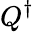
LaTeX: Q^{\dagger}